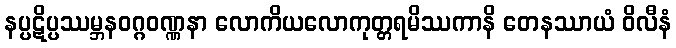
နပ္ပဋိပ္ပဿမ္ဘနဝဂ္ဂဝဏ္ဏနာ လောကိယလောကုတ္တရမိဿကာနိ တေနဿာယံ ဝိလီနံ